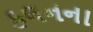
કલનના